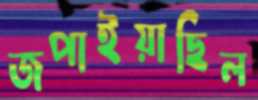
জপাইয়াছিল